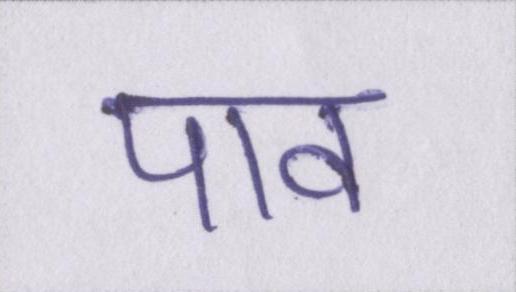
पाव